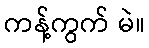
ကန့်ကွက် မဲ။